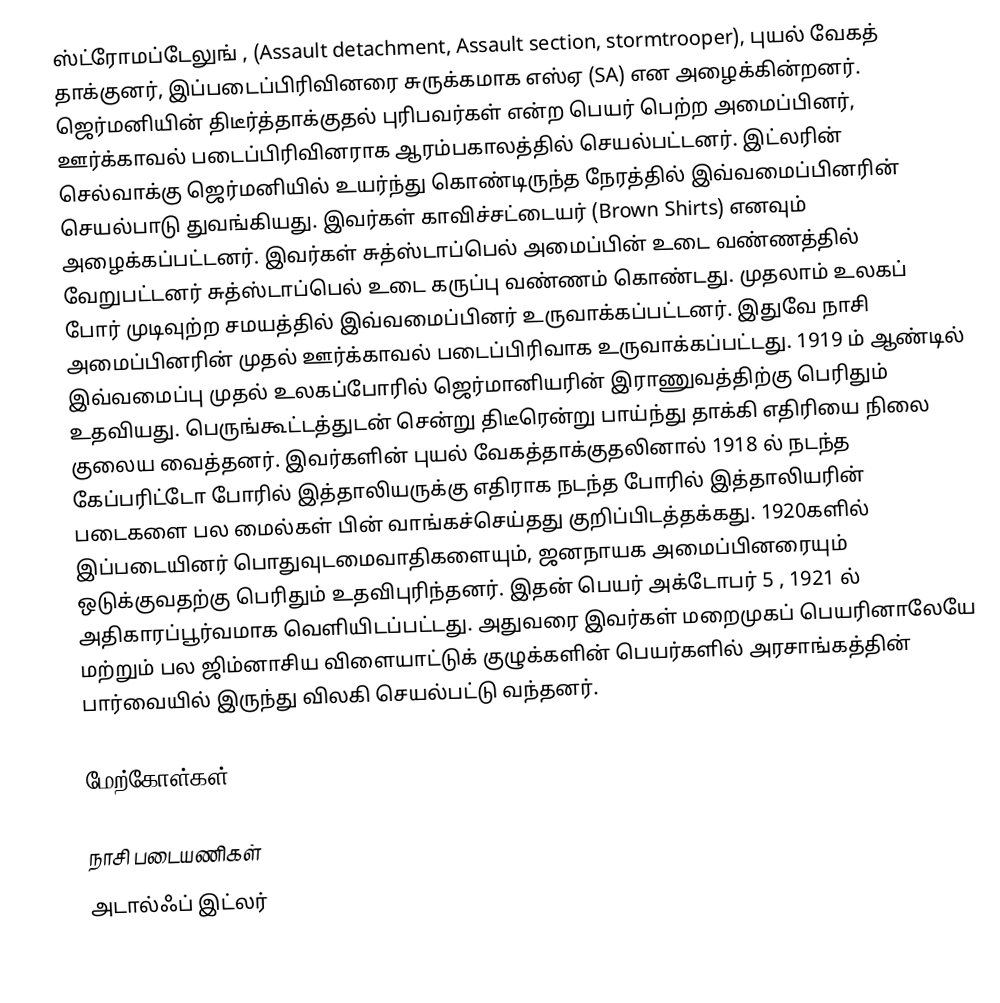
ஸ்ட்ரோமப்டேலுங் , (Assault detachment, Assault section, stormtrooper), புயல் வேகத் தாக்குனர், இப்படைப்பிரிவினரை சுருக்கமாக எஸ்ஏ (SA) என அழைக்கின்றனர். ஜெர்மனியின் திடீர்த்தாக்குதல் புரிபவர்கள் என்ற பெயர் பெற்ற அமைப்பினர், ஊர்க்காவல் படைப்பிரிவினராக ஆரம்பகாலத்தில் செயல்பட்டனர். இட்லரின் செல்வாக்கு ஜெர்மனியில் உயர்ந்து கொண்டிருந்த நேரத்தில் இவ்வமைப்பினரின் செயல்பாடு துவங்கியது. இவர்கள் காவிச்சட்டையர் (Brown Shirts) எனவும் அழைக்கப்பட்டனர். இவர்கள் சுத்ஸ்டாப்பெல் அமைப்பின் உடை வண்ணத்தில் வேறுபட்டனர் சுத்ஸ்டாப்பெல் உடை கருப்பு வண்ணம் கொண்டது. முதலாம் உலகப் போர் முடிவுற்ற சமயத்தில் இவ்வமைப்பினர் உருவாக்கப்பட்டனர். இதுவே நாசி அமைப்பினரின் முதல் ஊர்க்காவல் படைப்பிரிவாக உருவாக்கப்பட்டது. 1919 ம் ஆண்டில் இவ்வமைப்பு முதல் உலகப்போரில் ஜெர்மானியரின் இராணுவத்திற்கு பெரிதும் உதவியது. பெருங்கூட்டத்துடன் சென்று திடீரென்று பாய்ந்து தாக்கி எதிரியை நிலை குலைய வைத்தனர். இவர்களின் புயல் வேகத்தாக்குதலினால் 1918 ல் நடந்த கேப்பரிட்டோ போரில் இத்தாலியருக்கு எதிராக நடந்த போரில் இத்தாலியரின் படைகளை பல மைல்கள் பின் வாங்கச்செய்தது குறிப்பிடத்தக்கது. 1920களில் இப்படையினர் பொதுவுடமைவாதிகளையும், ஜனநாயக அமைப்பினரையும் ஒடுக்குவதற்கு பெரிதும் உதவிபுரிந்தனர். இதன் பெயர் அக்டோபர் 5 , 1921 ல் அதிகாரப்பூர்வமாக வெளியிடப்பட்டது. அதுவரை இவர்கள் மறைமுகப் பெயரினாலேயே மற்றும் பல ஜிம்னாசிய விளையாட்டுக் குழுக்களின் பெயர்களில் அரசாங்கத்தின் பார்வையில் இருந்து விலகி செயல்பட்டு வந்தனர்.

மேற்கோள்கள்

நாசி படையணிகள்
அடால்ஃப் இட்லர்